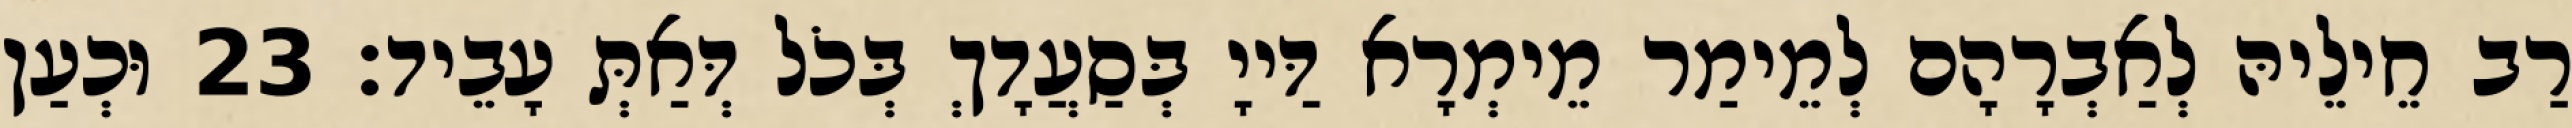
רַב חֵילֵיהּ לְאַבְרָהָם לְמֵימַר מֵימְרָא דַּייָ בְּסַעֲדָךְ בְּכֹל דְּאַתְּ עָבֵיד׃ 23 וּכְעַן